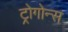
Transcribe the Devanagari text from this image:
ट्रोगोन्स